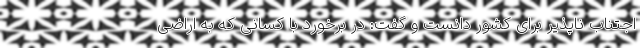
اجتناب ناپذیر برای کشور دانست و گفت: در برخورد با کسانی که به اراضی